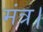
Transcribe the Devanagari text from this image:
मंत्र।